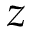
z